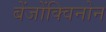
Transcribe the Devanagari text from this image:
बेंजोंक्विनोन